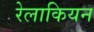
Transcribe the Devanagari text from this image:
रेलाकियन